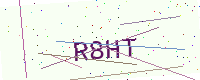
Text: R8HT